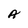
Character: A